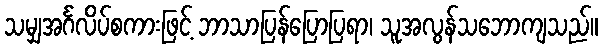
သမျှအင်္ဂလိပ်စကားဖြင့် ဘာသာပြန်ပြောပြရာ၊ သူအလွန်သဘောကျသည်။